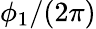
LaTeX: \phi_{1}/(2\pi)